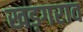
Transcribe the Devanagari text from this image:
खड़गराव